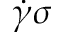
\dot { \gamma } \sigma